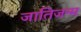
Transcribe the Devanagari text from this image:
जातिजन्म